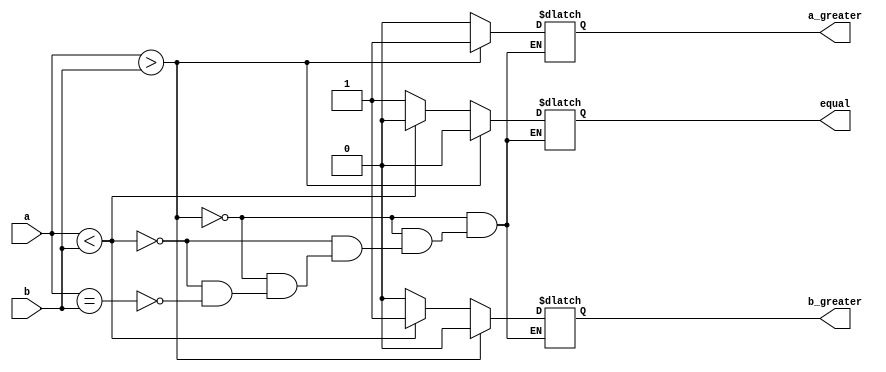
module magnitude_comparator_4_bit_behavioral(a, b, a_greater, equal, b_greater);
    input[1:0] a;
    input [1:0] b;
    output reg a_greater, equal, b_greater;

    always @(a or b) begin
        #0
        $display("a : %b\nb: %b", a, b);

        if(a > b) begin 
            a_greater = 1'b1;
            b_greater = 1'b0;
            equal = 1'b0;
        end 
        else if(a < b) begin 
            a_greater = 1'b0;
            b_greater = 1'b1;
            equal = 1'b0;
        end
        else if(a == b) begin 
            a_greater = 1'b0;
            b_greater = 1'b0;
            equal = 1'b1;
        end

        if(equal) 
            $display("a is equal to b\n");
        else if (a_greater)
            $display("a is greater than b\n");
        else if (b_greater)
            $display("a is lesser than b\n");
    end
endmodule

module magnitude_comparator_4_bit_behavioral_test;
    reg[1:0] a, b;
    wire a_greater, equal, b_greater;
    

    magnitude_comparator_4_bit_behavioral wire_driver(a, b, a_greater, equal, b_greater);

    initial begin
        a = 2'b11; b = 2'b10;
        #10 a = 2'b01; b = 2'b10;
        #10 a = 2'b00; b = 2'b00;

    end
endmodule